Civil Veterinary Department. Central Provinces & Berar 1932-41 - 1932-1941
Year: 1932
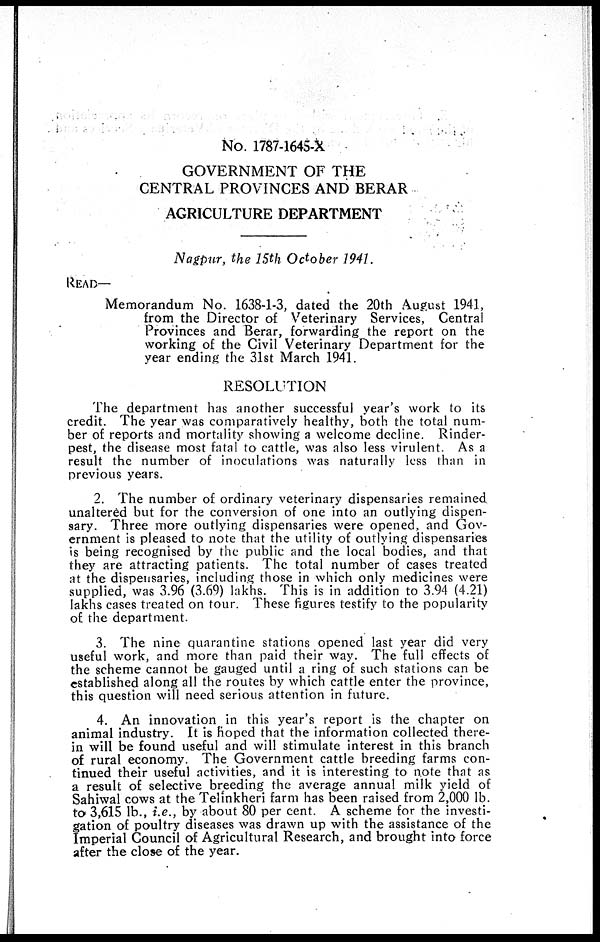
No. 1787-1645-X
GOVERNMENT OF THE
CENTRAL PROVINCES AND BERAR
AGRICULTURE DEPARTMENT
Nagpur, the 15th October 1941.
READ—
Memorandum No. 1638-1-3, dated the 20th August 1941,
from the Director of Veterinary Services, Central
Provinces and Berar, forwarding the report on the
working of the Civil Veterinary Department for the
year ending the 31st March 1941.
RESOLUTION
The department has another successful year's work to its
credit. The year was comparatively healthy, both the total num-
ber of reports and mortality showing a welcome decline. Rinder-
pest, the disease most fatal to cattle, was also less virulent. As a
result the number of inoculations was naturally less than in
previous years.
2. The number of ordinary veterinary dispensaries remained
unaltered but for the conversion of one into an outlying dispen-
sary. Three more outlying dispensaries were opened, and Gov-
ernment is pleased to note that the utility of outlying dispensaries
is being recognised by the public and the local bodies, and that
they are attracting patients. The total number of cases treated
at the dispensaries, including those in which only medicines were
supplied, was 3.96 (3.69) lakhs. This is in addition to 3.94 (4.21)
lakhs cases treated on tour. These figures testify to the popularity
of the department.
3. The nine quarantine stations opened last year did very
useful work, and more than paid their way. The full effects of
the scheme cannot be gauged until a ring of such stations can be
established along all the routes by which cattle enter the province,
this question will need serious attention in future.
4. An innovation in this year's report is the chapter on
animal industry. It is hoped that the information collected there-
in will be found useful and will stimulate interest in this branch
of rural economy. The Government cattle breeding farms con-
tinued their useful activities, and it is interesting to note that as
a result of selective breeding the average annual milk yield of
Sahiwal cows at the Telinkheri farm has been raised from 2,000 lb.
to 3,615 lb., i.e., by about 80 per cent. A scheme for the investi-
gation of poultry diseases was drawn up with the assistance of the
Imperial Council of Agricultural Research, and brought into force
after the close of the year.